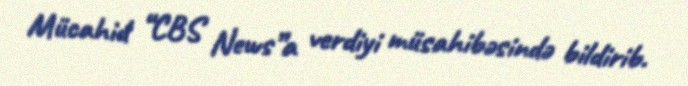
Mücahid “CBS News”a verdiyi müsahibəsində bildirib.